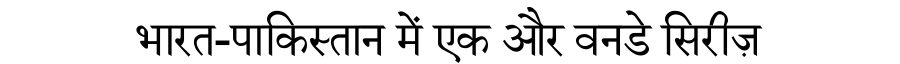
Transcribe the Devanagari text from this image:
भारत-पाकिस्तान में एक और वनडे सिरीज़